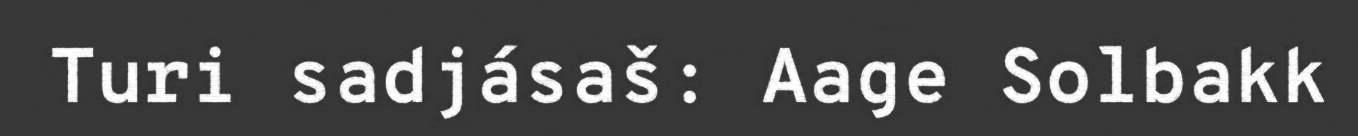
Turi sadjásaš: Aage Solbakk